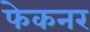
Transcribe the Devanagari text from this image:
फेकनर